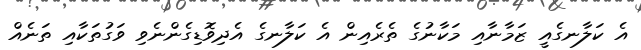
އެ ކަލާނގެއީ ޒަމާނާއި މަކާނުގެ ތެރެއިން އެ ކަލާނގެ އެދިވޮޑިގެންނެވި ވަގުތަކާއި ތަނެއް